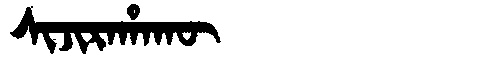
Manchu: ᠰᡳᠵᡳᡵᠠᡥᠠᡴᡡ
Romanization: SIJIRAHAKŪ